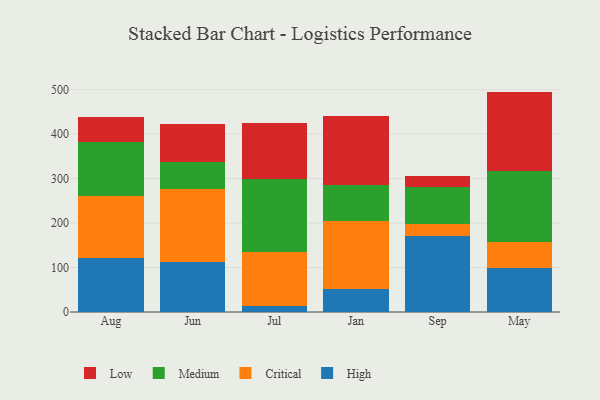
{"axis": {"x": "Month", "y": "Latency (ms)"}, "legend": ["Critical", "High", "Low", "Medium"], "data": [{"x": "Aug", "y": 122.1, "type": "High"}, {"x": "Aug", "y": 138.1, "type": "Critical"}, {"x": "Aug", "y": 121.3, "type": "Medium"}, {"x": "Aug", "y": 56.0, "type": "Low"}, {"x": "Jun", "y": 112.9, "type": "High"}, {"x": "Jun", "y": 162.9, "type": "Critical"}, {"x": "Jun", "y": 61.1, "type": "Medium"}, {"x": "Jun", "y": 85.2, "type": "Low"}, {"x": "Jul", "y": 13.1, "type": "High"}, {"x": "Jul", "y": 121.4, "type": "Critical"}, {"x": "Jul", "y": 164.1, "type": "Medium"}, {"x": "Jul", "y": 125.3, "type": "Low"}, {"x": "Jan", "y": 52.5, "type": "High"}, {"x": "Jan", "y": 152.4, "type": "Critical"}, {"x": "Jan", "y": 80.2, "type": "Medium"}, {"x": "Jan", "y": 155.6, "type": "Low"}, {"x": "Sep", "y": 170.3, "type": "High"}, {"x": "Sep", "y": 27.8, "type": "Critical"}, {"x": "Sep", "y": 82.1, "type": "Medium"}, {"x": "Sep", "y": 24.7, "type": "Low"}, {"x": "May", "y": 98.9, "type": "High"}, {"x": "May", "y": 57.9, "type": "Critical"}, {"x": "May", "y": 160.6, "type": "Medium"}, {"x": "May", "y": 178.2, "type": "Low"}]}